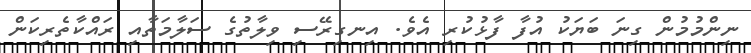
ނިންމުމުން ގިނަ ބަޔަކު އުފާ ފާޅުކުރި އެވެ. އިނގިރޭސި ވިލާތުގެ ސަލާމަތާއި ރައްކާތެރިކަން